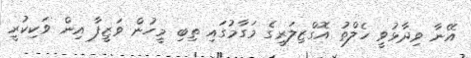
އޭނާ ވިދާޅުވީ ހެލްތު އޮގްޒިލަރީގެ މަގާމުގައި ތިބި މީހުން ވަޒީފާ އިން ވަކިކުރީ